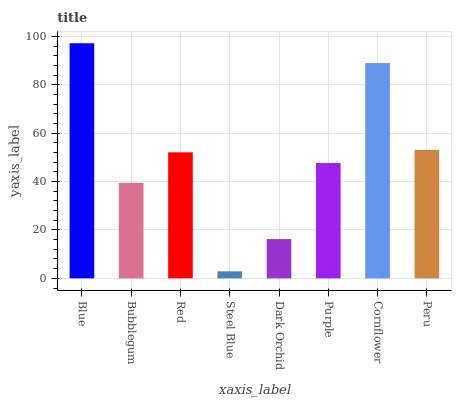
| xaxis_label | bars |
 | --- | --- |
 | Blue | 97.1 |
 | Bubblegum | 39.4 |
 | Red | 52.1 |
 | Steel Blue | 2.89 |
 | Dark Orchid | 16.2 |
 | Purple | 47.6 |
 | Cornflower | 89 |
 | Peru | 53.1 |